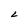
Character: L